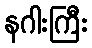
နဂါးကြီး